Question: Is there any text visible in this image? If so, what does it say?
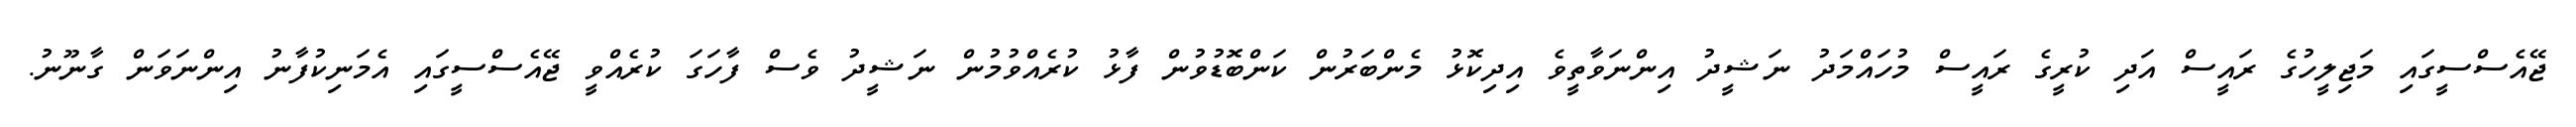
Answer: ޖޭއެސްސީގައި މަޖިލީހުގެ ރައީސް އަދި ކުރީގެ ރައީސް މުހައްމަދު ނަޝީދު އިންނަވާތީވެ އިދިކޮޅު މެންބަރުން ކަންބޮޑުވުން ފާޅު ކުރެއްވުމުން ނަޝީދު ވެސް ފާހަގަ ކުރެއްވީ ޖޭއެސްސީގައި އެމަނިކުފާނު އިންނަވަން ގާނޫނު.